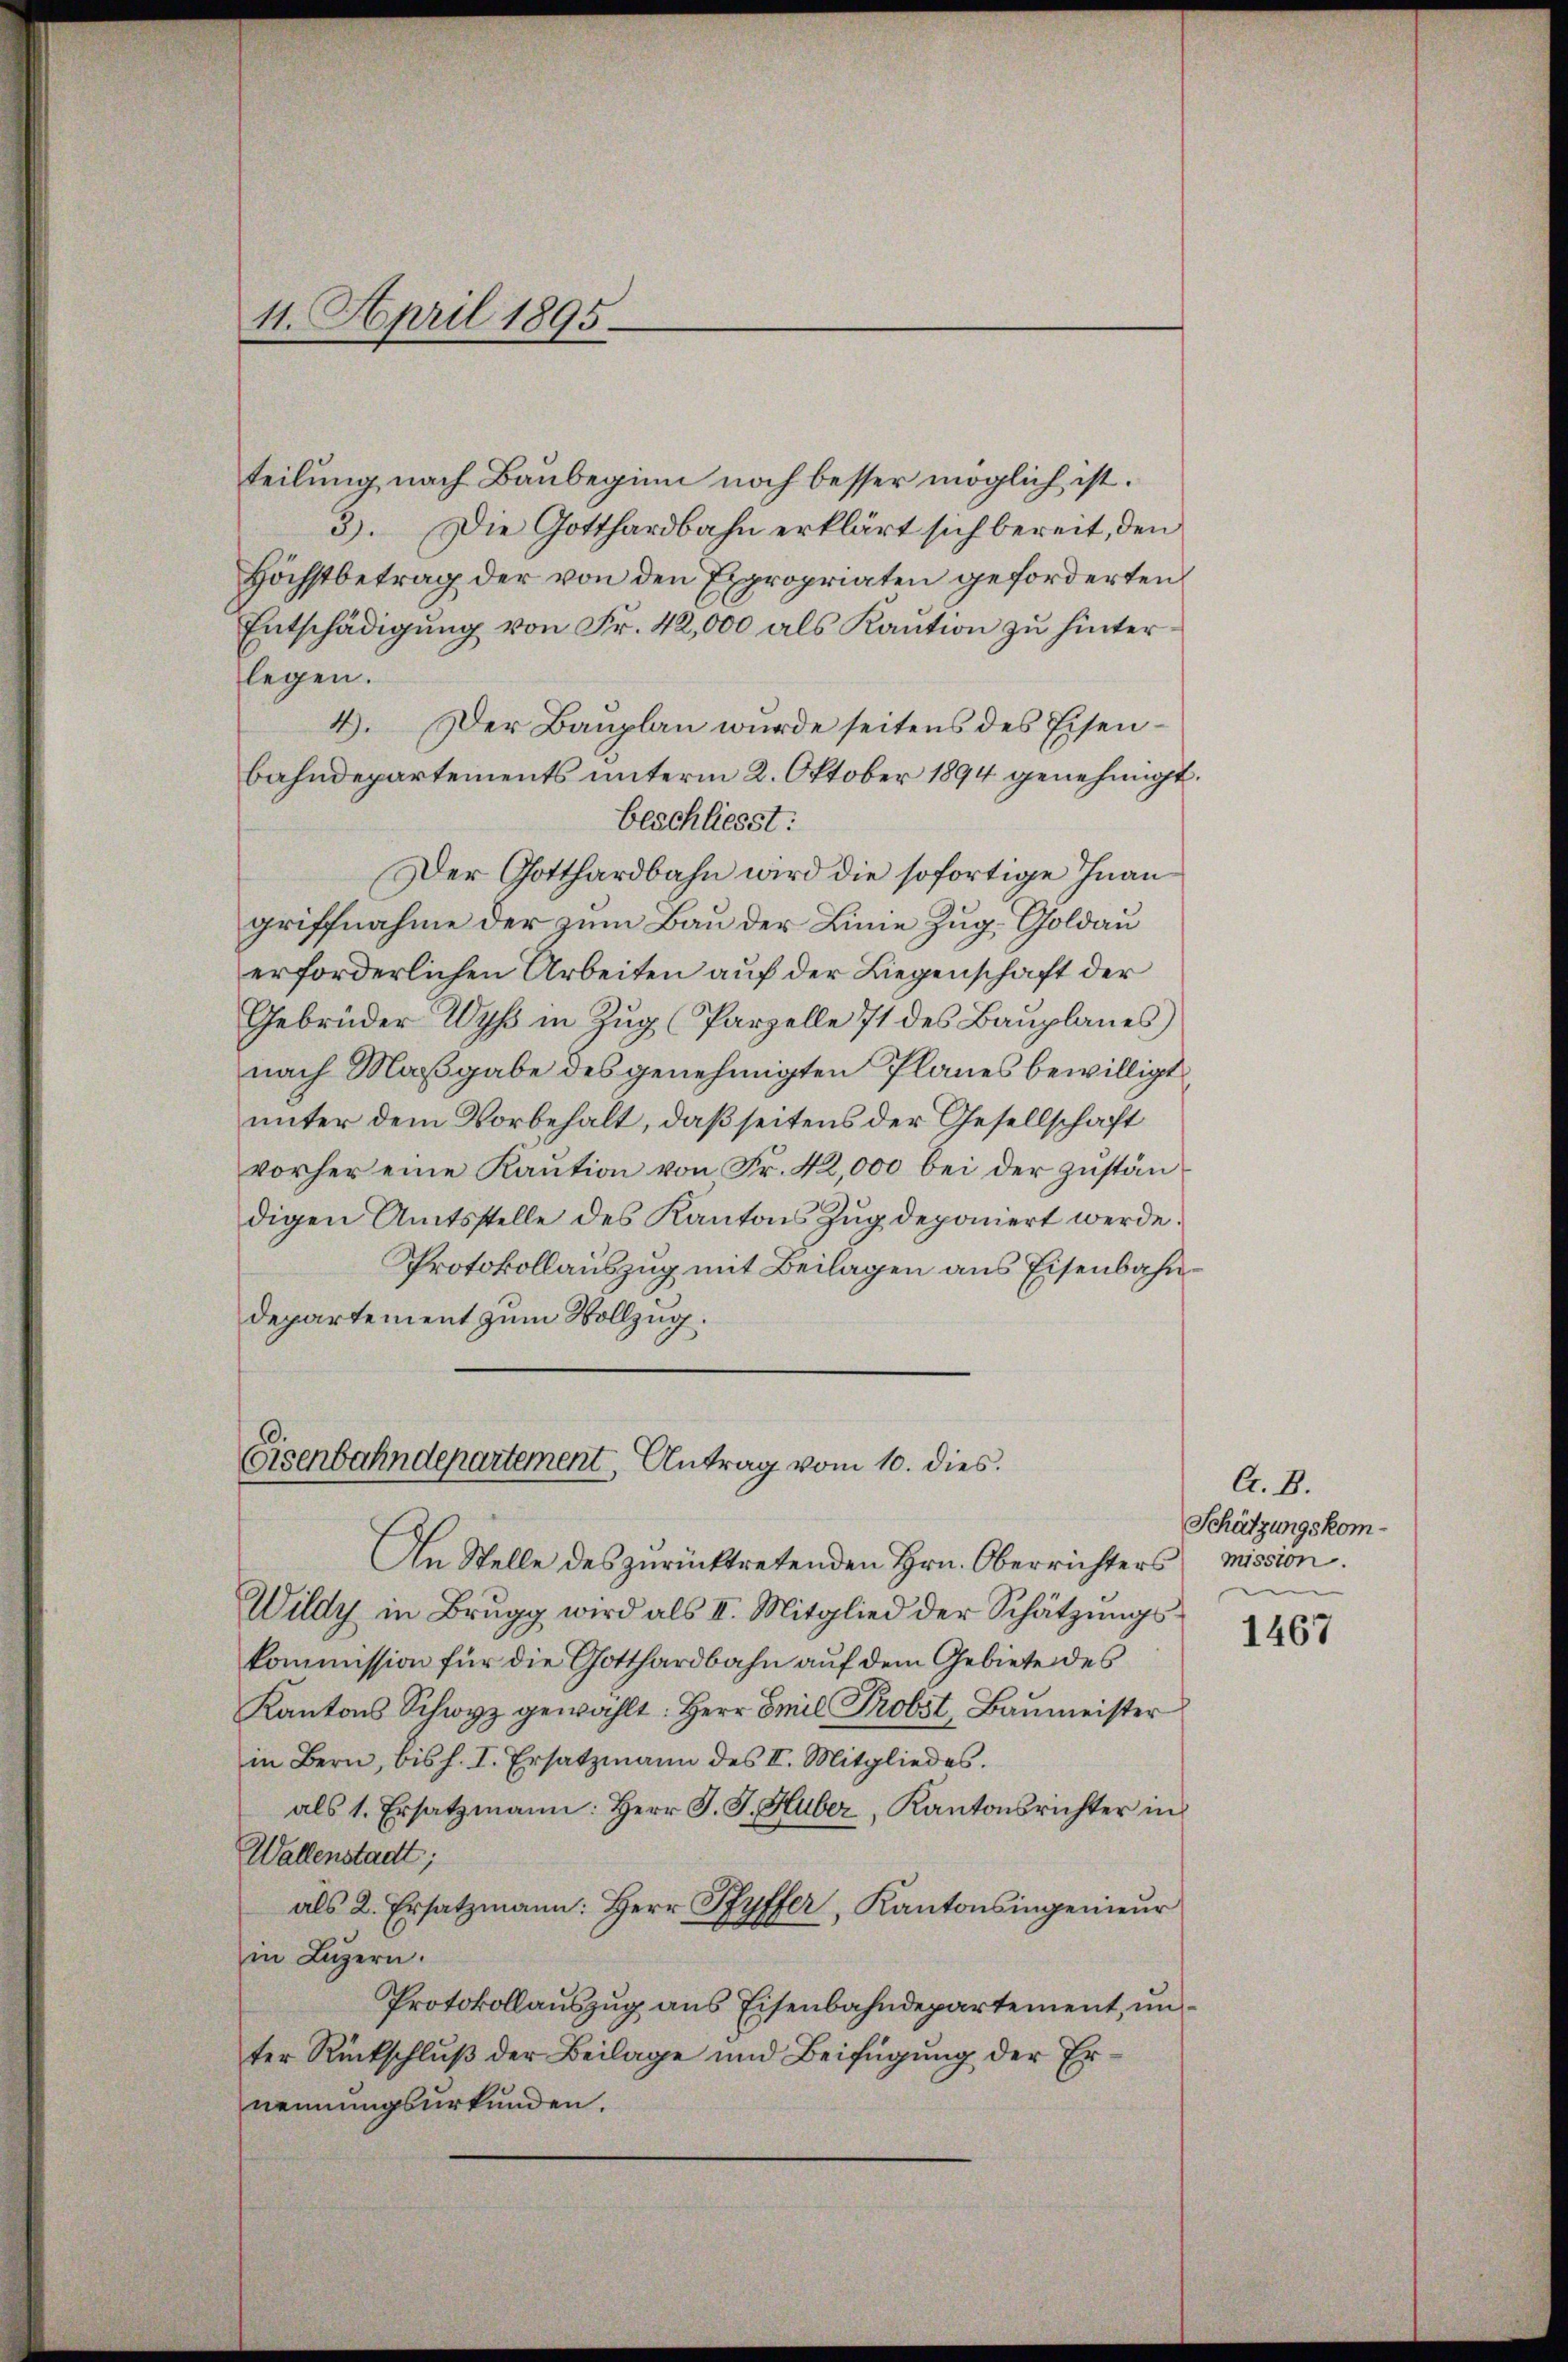
11. April 1895

Eisenbahndepartement, Antrag vom 10. dies

teilung nach Baubeginn noch besser möglich ist.
3). Die Gotthardbahn erklärt sich bereit, den
Höchstbetrag der von den Expropriaten geforderten
Entschädigung von Fr. 42,000 als Kaution zu hinter
legen.
4. Der Bauplan wurde seitens des Eisenbahndepartements unterm 2. Oktober 1894 genehmigt.
beschliesst:
Der Gotthardbahn wird die sofortige Inan
griffnahme der zum Bau der Linie Zug, Goldau
erforderlichen Arbeiten auf der Liegenschaft der
Gebrüder Wyß in Zug (Parzelle 71 des Bauplanes)
nach Maßgabe des genehmigten Planes bewilligt,
unter dem Vorbehalt, daß seitens der Gesellschaft
vorher eine Kaution von Fr. 42,000 bei der Zustandigen Amtsstelle des Kantons Zug deponiert werde.
Protokollauszug mit Beilagen aus Eisenbahndepartement zum Vollzug.

An Stelle des zurücktretenden Hrn. Oberrichters
Wildy in Brugg wird als II. Mitglied der Schätzungskommission für die Gotthardbahn auf dem Gebiete des
Kantons Schwyz gewählt: Herr Emil Probst, Baŭmeister
in Bern, bis h. I. Ersatzmann des II. Mitgliedes.
als 1. Ersatzmann: Herr J. J. Huber, Kantonsrichter in
Wallenstadt;
als 2. Ersatzmann: Herr Ryffer, Kantonsingenieur
in Luzern.
Protokollauszug aus Eisenbahndepartement, unter Rückschluß der Beilage und Beifügung der Ernennungsurkunden.

A. B.
Schätzungskommission.

1467